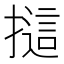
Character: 𢳘